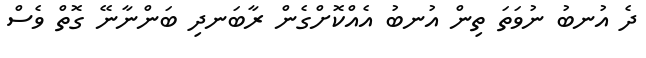
ދެ އުނބު ނުވަތަ ތިން އުނބު އެއްކޮށްގެން ރާބަނދި ބަންނާނޭ ގޮތް ވެސް